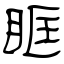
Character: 眶